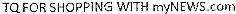
TQ FOR SHOPPING WITH MYNEWS.COM